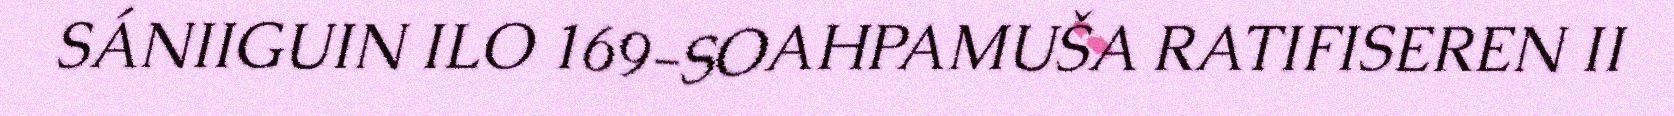
SÁNIIGUIN ILO 169-SOAHPAMUŠA RATIFISEREN II